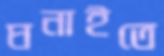
ঘনাইতে